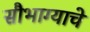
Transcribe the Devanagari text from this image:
सौभाग्याचे